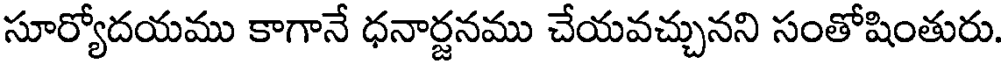
సూర్యోదయము కాగానే ధనార్జనము చేయవచ్చునని సంతోషింతురు.